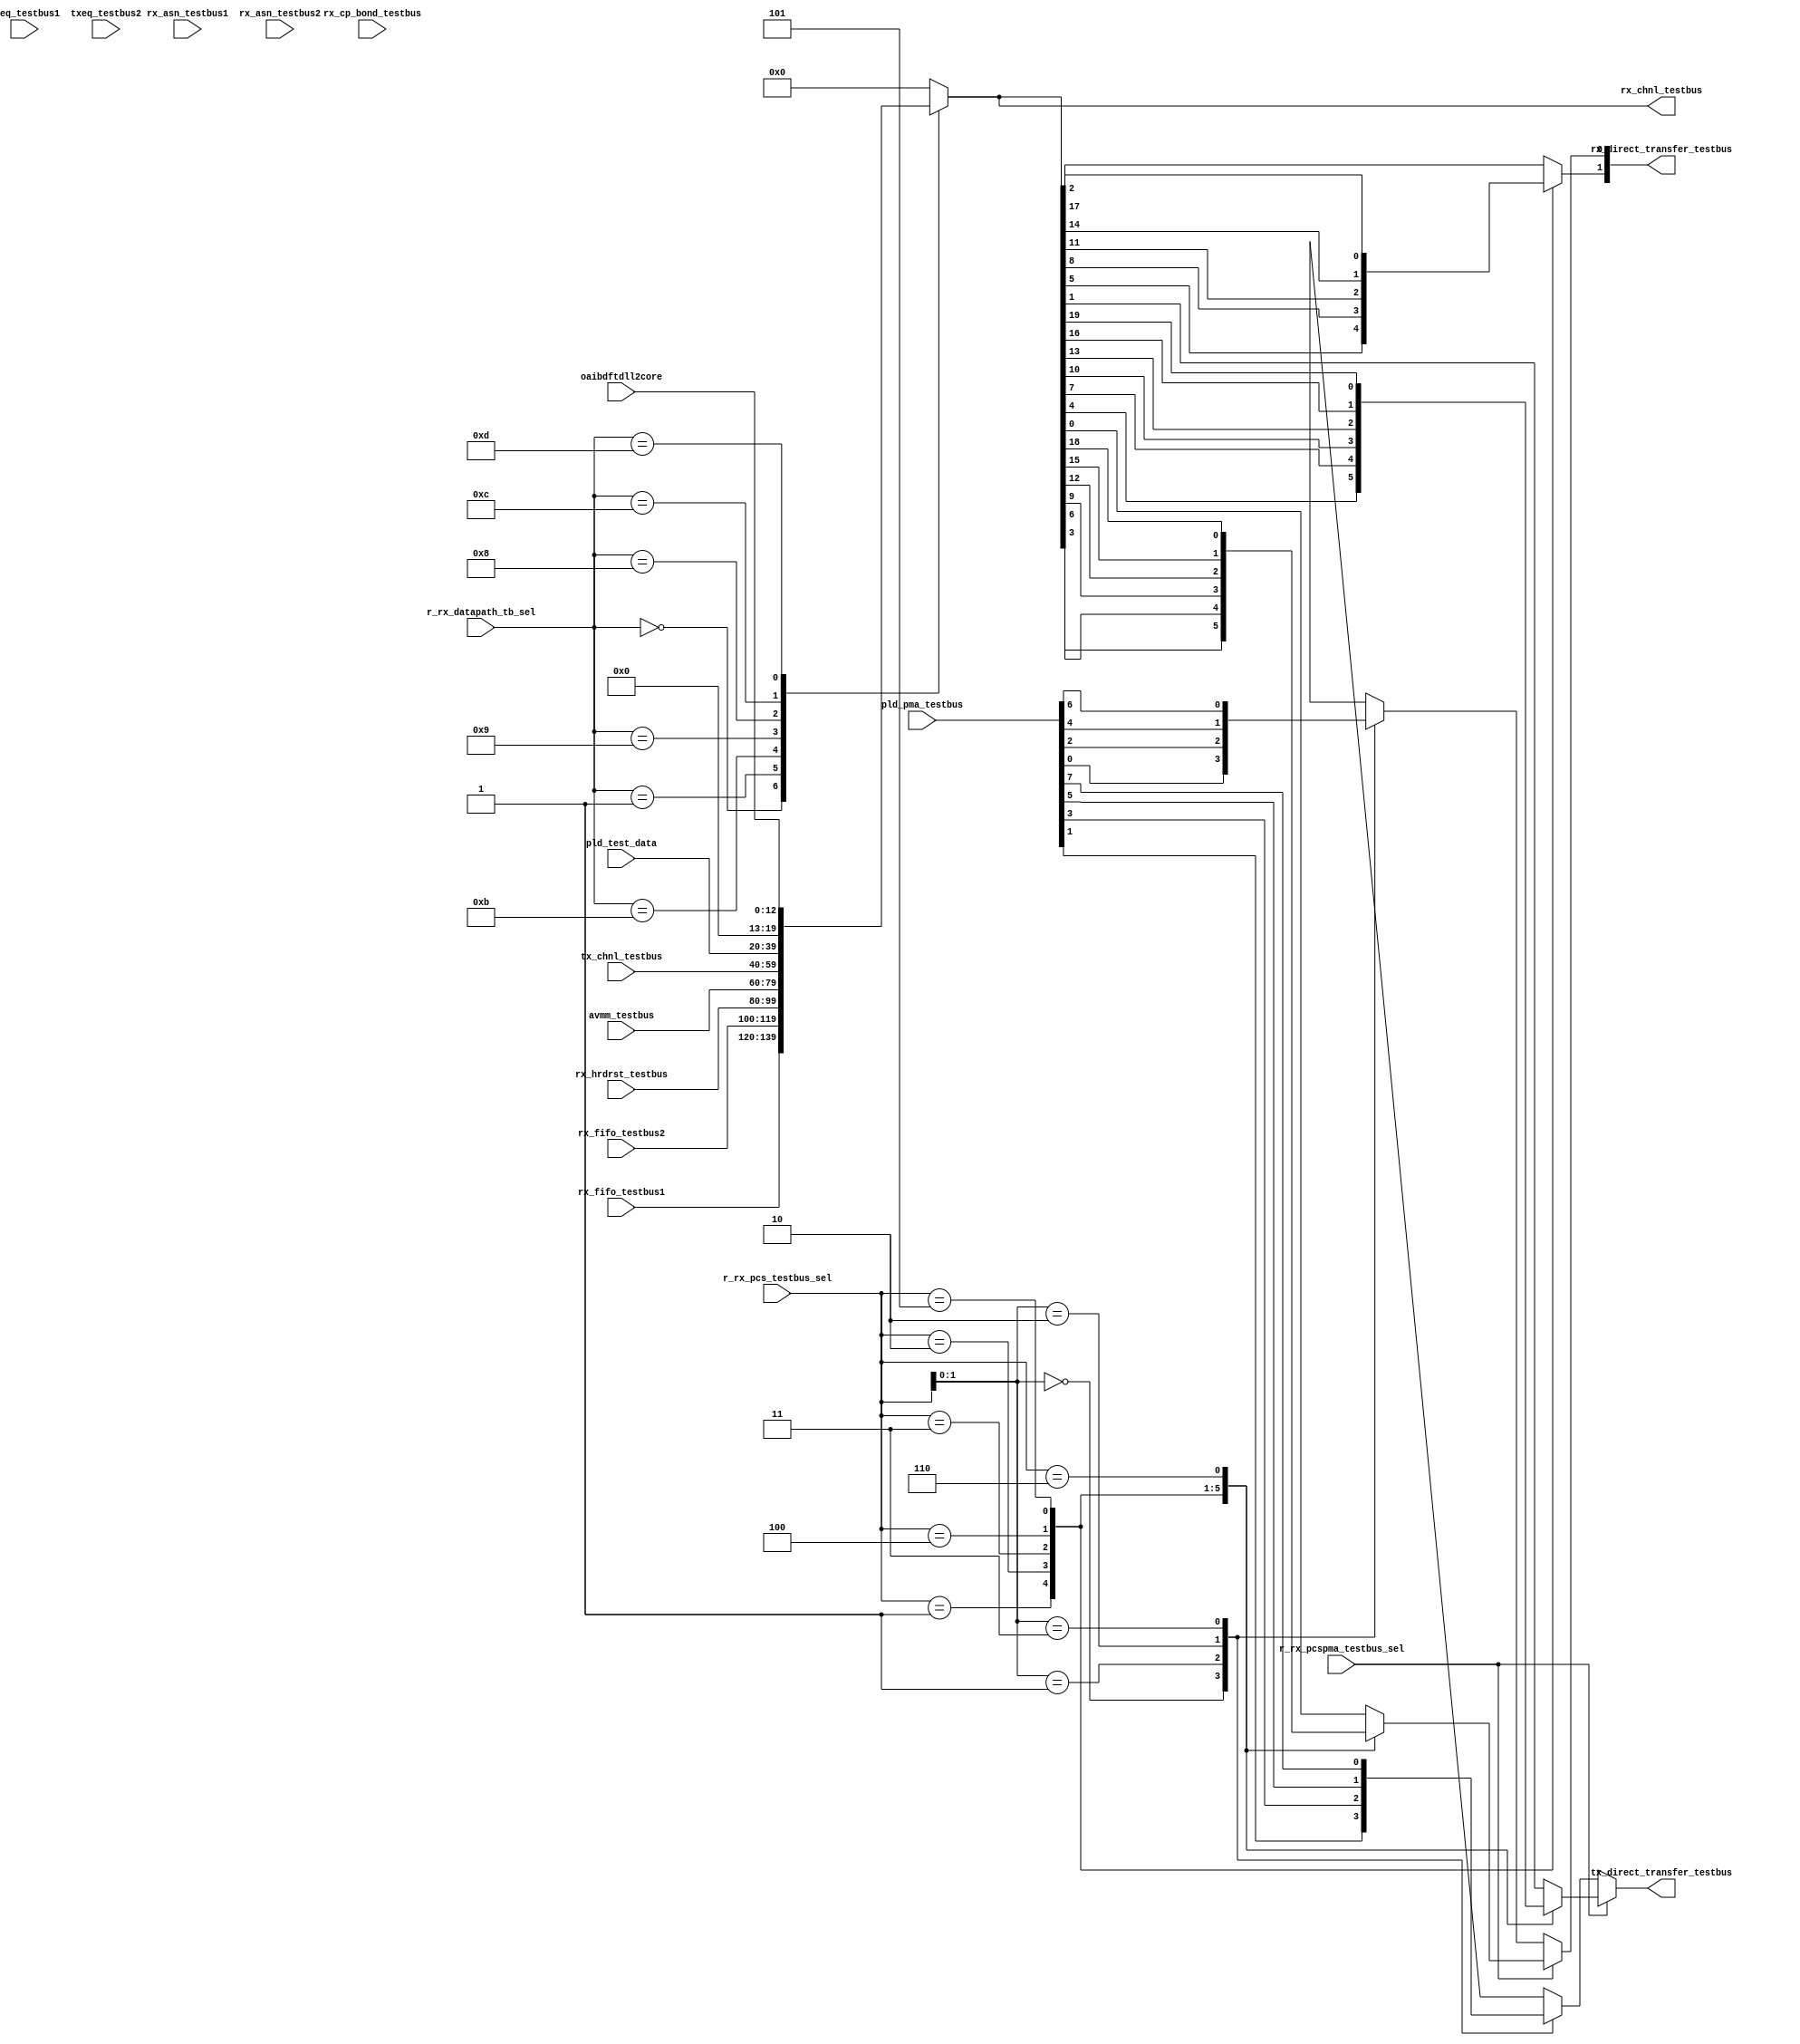
// This program was cloned from: https://github.com/intel/aib-phy-hardware
// License: Apache License 2.0

// SPDX-License-Identifier: Apache-2.0
// Copyright (C) 2019 Intel Corporation. All rights reserved
//------------------------------------------------------------------------
// (C) 2009 Altera Corporation. All rights reserved.  
//
//------------------------------------------------------------------------
// File:        
// Revision:    
// Date:        
//------------------------------------------------------------------------
// Description: 
//
//------------------------------------------------------------------------

module c3aibadapt_rxchnl_testbus 
    (
    input   wire  [3:0]           r_rx_datapath_tb_sel,  // testbus sel
    input   wire  [2:0]           r_rx_pcs_testbus_sel,  // testbus sel
    input   wire                  r_rx_pcspma_testbus_sel,  // testbus sel
    input   wire [19:0]           rx_fifo_testbus1, 		// RX FIFO
    input   wire [19:0]           rx_fifo_testbus2, 		// RX FIFO
    input   wire [19:0]           rx_cp_bond_testbus,
    input   wire [19:0]           rx_hrdrst_testbus,    
    input   wire [19:0]           rx_asn_testbus1,
    input   wire [19:0]           rx_asn_testbus2,
    input   wire [19:0]           txeq_testbus1,
    input   wire [19:0]           txeq_testbus2,
    input   wire [19:0]           tx_chnl_testbus,
    input   wire [19:0]           avmm_testbus,
    input   wire [19:0]           pld_test_data,
    input   wire [7:0]            pld_pma_testbus,
    input   wire [12:0]           oaibdftdll2core,

    output  wire [1:0]            rx_direct_transfer_testbus,
    output  wire                  tx_direct_transfer_testbus,
    output  wire [19:0]		  rx_chnl_testbus
     );
  
   reg rx_direct_transfer_testbus_bit0_int;
   reg rx_direct_transfer_testbus_bit1_int;
   reg tx_direct_transfer_testbus_int;
   reg pma_testbus_bit0_int;
   reg pma_testbus_bit1_int;
   reg [19:0]	rx_chnl_testbus_int;
 
    always @* begin
      case (r_rx_datapath_tb_sel)
        4'b0000: rx_chnl_testbus_int = rx_fifo_testbus1;
        4'b0001: rx_chnl_testbus_int = rx_fifo_testbus2;
        4'b1011: rx_chnl_testbus_int = rx_hrdrst_testbus;
        4'b1001: rx_chnl_testbus_int = avmm_testbus;
        4'b1000: rx_chnl_testbus_int = tx_chnl_testbus;        
        4'b1100: rx_chnl_testbus_int = pld_test_data;
        4'b1101: rx_chnl_testbus_int = {{7{1'b0}},oaibdftdll2core};
        default: rx_chnl_testbus_int = {20{1'b0}};
      endcase // case(r_rx_testbus_sel)
    end // always @ *

// assign rx_chnl_testbus = (r_rx_datapath_tb_sel == 4'b0101) ? txeq_testbus1 : rx_chnl_testbus_int;
assign rx_chnl_testbus = rx_chnl_testbus_int;

    always @* begin
      case (r_rx_pcs_testbus_sel[2:0])
        3'b000: rx_direct_transfer_testbus_bit0_int = rx_chnl_testbus[0]; 
        3'b001: rx_direct_transfer_testbus_bit0_int = rx_chnl_testbus[3]; 
        3'b010: rx_direct_transfer_testbus_bit0_int = rx_chnl_testbus[6]; 
        3'b011: rx_direct_transfer_testbus_bit0_int = rx_chnl_testbus[9]; 
        3'b100: rx_direct_transfer_testbus_bit0_int = rx_chnl_testbus[12]; 
        3'b101: rx_direct_transfer_testbus_bit0_int = rx_chnl_testbus[15]; 
        3'b110: rx_direct_transfer_testbus_bit0_int = rx_chnl_testbus[18]; 
        default: rx_direct_transfer_testbus_bit0_int = rx_chnl_testbus[0];
      endcase
    end

    always @* begin
      case (r_rx_pcs_testbus_sel[2:0])
        3'b000: tx_direct_transfer_testbus_int = rx_chnl_testbus[1];
        3'b001: tx_direct_transfer_testbus_int = rx_chnl_testbus[4];
        3'b010: tx_direct_transfer_testbus_int = rx_chnl_testbus[7];
        3'b011: tx_direct_transfer_testbus_int = rx_chnl_testbus[10];
        3'b100: tx_direct_transfer_testbus_int = rx_chnl_testbus[13];
        3'b101: tx_direct_transfer_testbus_int = rx_chnl_testbus[16];
        3'b110: tx_direct_transfer_testbus_int = rx_chnl_testbus[19];
        default: tx_direct_transfer_testbus_int = rx_chnl_testbus[1];
      endcase
    end
 
    always @* begin
      case (r_rx_pcs_testbus_sel[2:0])
        3'b000: rx_direct_transfer_testbus_bit1_int = rx_chnl_testbus[2];
        3'b001: rx_direct_transfer_testbus_bit1_int = rx_chnl_testbus[5];
        3'b010: rx_direct_transfer_testbus_bit1_int = rx_chnl_testbus[8];
        3'b011: rx_direct_transfer_testbus_bit1_int = rx_chnl_testbus[11];
        3'b100: rx_direct_transfer_testbus_bit1_int = rx_chnl_testbus[14];
        3'b101: rx_direct_transfer_testbus_bit1_int = rx_chnl_testbus[17];
        default: rx_direct_transfer_testbus_bit1_int = rx_chnl_testbus[2];
      endcase
    end

// XCVRIF SSR
    always @* begin
      case (r_rx_pcs_testbus_sel[1:0])
        2'b00: pma_testbus_bit0_int = pld_pma_testbus[0];
        2'b01: pma_testbus_bit0_int = pld_pma_testbus[2];
        2'b10: pma_testbus_bit0_int = pld_pma_testbus[4];
        2'b11: pma_testbus_bit0_int = pld_pma_testbus[6];
        default: pma_testbus_bit0_int = pld_pma_testbus[0];
      endcase
    end

    always @* begin
      case (r_rx_pcs_testbus_sel[1:0])
        2'b00: pma_testbus_bit1_int = pld_pma_testbus[1];
        2'b01: pma_testbus_bit1_int = pld_pma_testbus[3];
        2'b10: pma_testbus_bit1_int = pld_pma_testbus[5];
        2'b11: pma_testbus_bit1_int = pld_pma_testbus[7];
        default: pma_testbus_bit1_int = pld_pma_testbus[1];
      endcase
    end

    assign tx_direct_transfer_testbus    = r_rx_pcspma_testbus_sel ? tx_direct_transfer_testbus_int : pma_testbus_bit1_int;
    assign rx_direct_transfer_testbus[0] = r_rx_pcspma_testbus_sel ? rx_direct_transfer_testbus_bit0_int : pma_testbus_bit0_int;
    assign rx_direct_transfer_testbus[1] = rx_direct_transfer_testbus_bit1_int;
   
endmodule // c3aibadapt_rxchnl_testbus